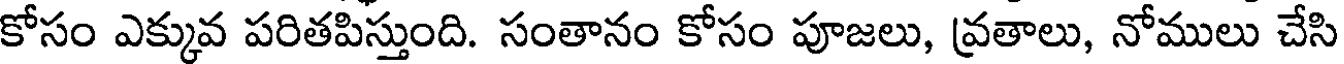
కోసం ఎక్కువ పరితపిస్తుంది. సంతానం కోసం పూజలు, వ్రతాలు, నోములు చేసి